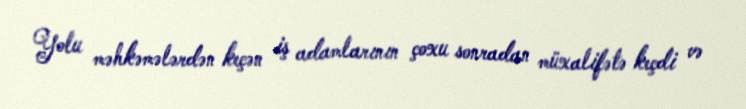
Yolu məhkəmələrdən keçən iş adamlarının çoxu sonradan müxalifətə keçdi və